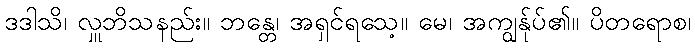
ဒဒါသိ၊ လှူဘိသနည်း။ ဘန္တေ၊ အရှင်ရသေ့။ မေ၊ အကျွန်ုပ်၏။ ပိတရောစ၊